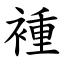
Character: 褈